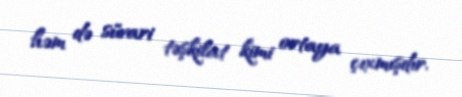
həm də süvari təşkilat kimi ortaya çıxmışdır.